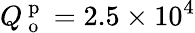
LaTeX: Q_{\mathrm{~o~}}^{\mathrm{~p~}}=2.5\times 10^{4}